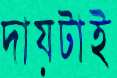
দায়টাই